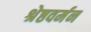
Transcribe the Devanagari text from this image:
श्रेष्ठवर्मन